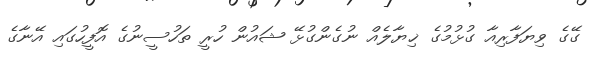
ގޭގެ ވިޔަފާރިއާ ގުޅުމުގެ ޚިޔާލެއް ނުގެންގުޅޭ ޝައުން ހުރީ ތަހުސީނުގެ އޮފީހުގައި އޭނާގެ